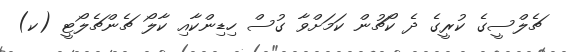
ޗެލްސީގެ ކުރީގެ ދެ ކޯޗުން ކަމަށްވާ ގުސް ހިޑިންކާއި ކާލޯ ޗެންޗެލޯޓީ (ކ)